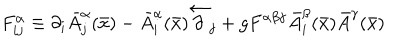
F _ { i j } ^ { \alpha } \equiv \partial _ { i } \bar { A } _ { j } ^ { \alpha } ( \bar { x } ) - \bar { A } _ { i } ^ { \alpha } ( \bar { x } ) \stackrel { \leftarrow } \partial _ { j } + g F ^ { \alpha \beta \gamma } \bar { A } _ { i } ^ { \beta } ( \bar { x } ) \bar { A } ^ { \gamma } ( \bar { x } )